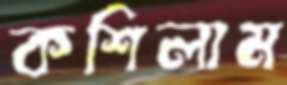
কশিলাম